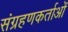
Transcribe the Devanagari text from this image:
संग्रहणकर्ताओं